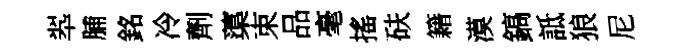
翆脯銘冷劑蕖束品毫搖砆籍漠鎬詆狼尼